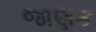
જાણક